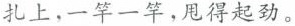
扎上，一竿一竿，用得起劲。